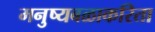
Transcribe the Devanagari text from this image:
मनुष्यबळाकरिता